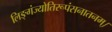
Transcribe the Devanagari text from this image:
लिङ्गंज्योतिरूपंसनातनम्।